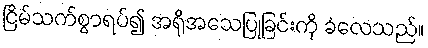
ငြိမ်သက်စွာရပ်၍ အရိုအသေပြုခြင်းကို ခံလေသည်။